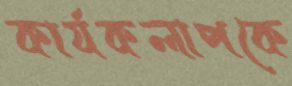
কার্যকলাপকে